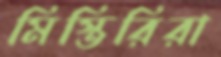
মিস্তিরিরা